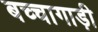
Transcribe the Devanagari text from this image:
बच्चागाड़ी